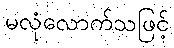
မလုံလောက်သဖြင့်